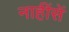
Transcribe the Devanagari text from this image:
नाहींसें